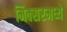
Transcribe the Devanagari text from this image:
मिक्‍सरमध्ये